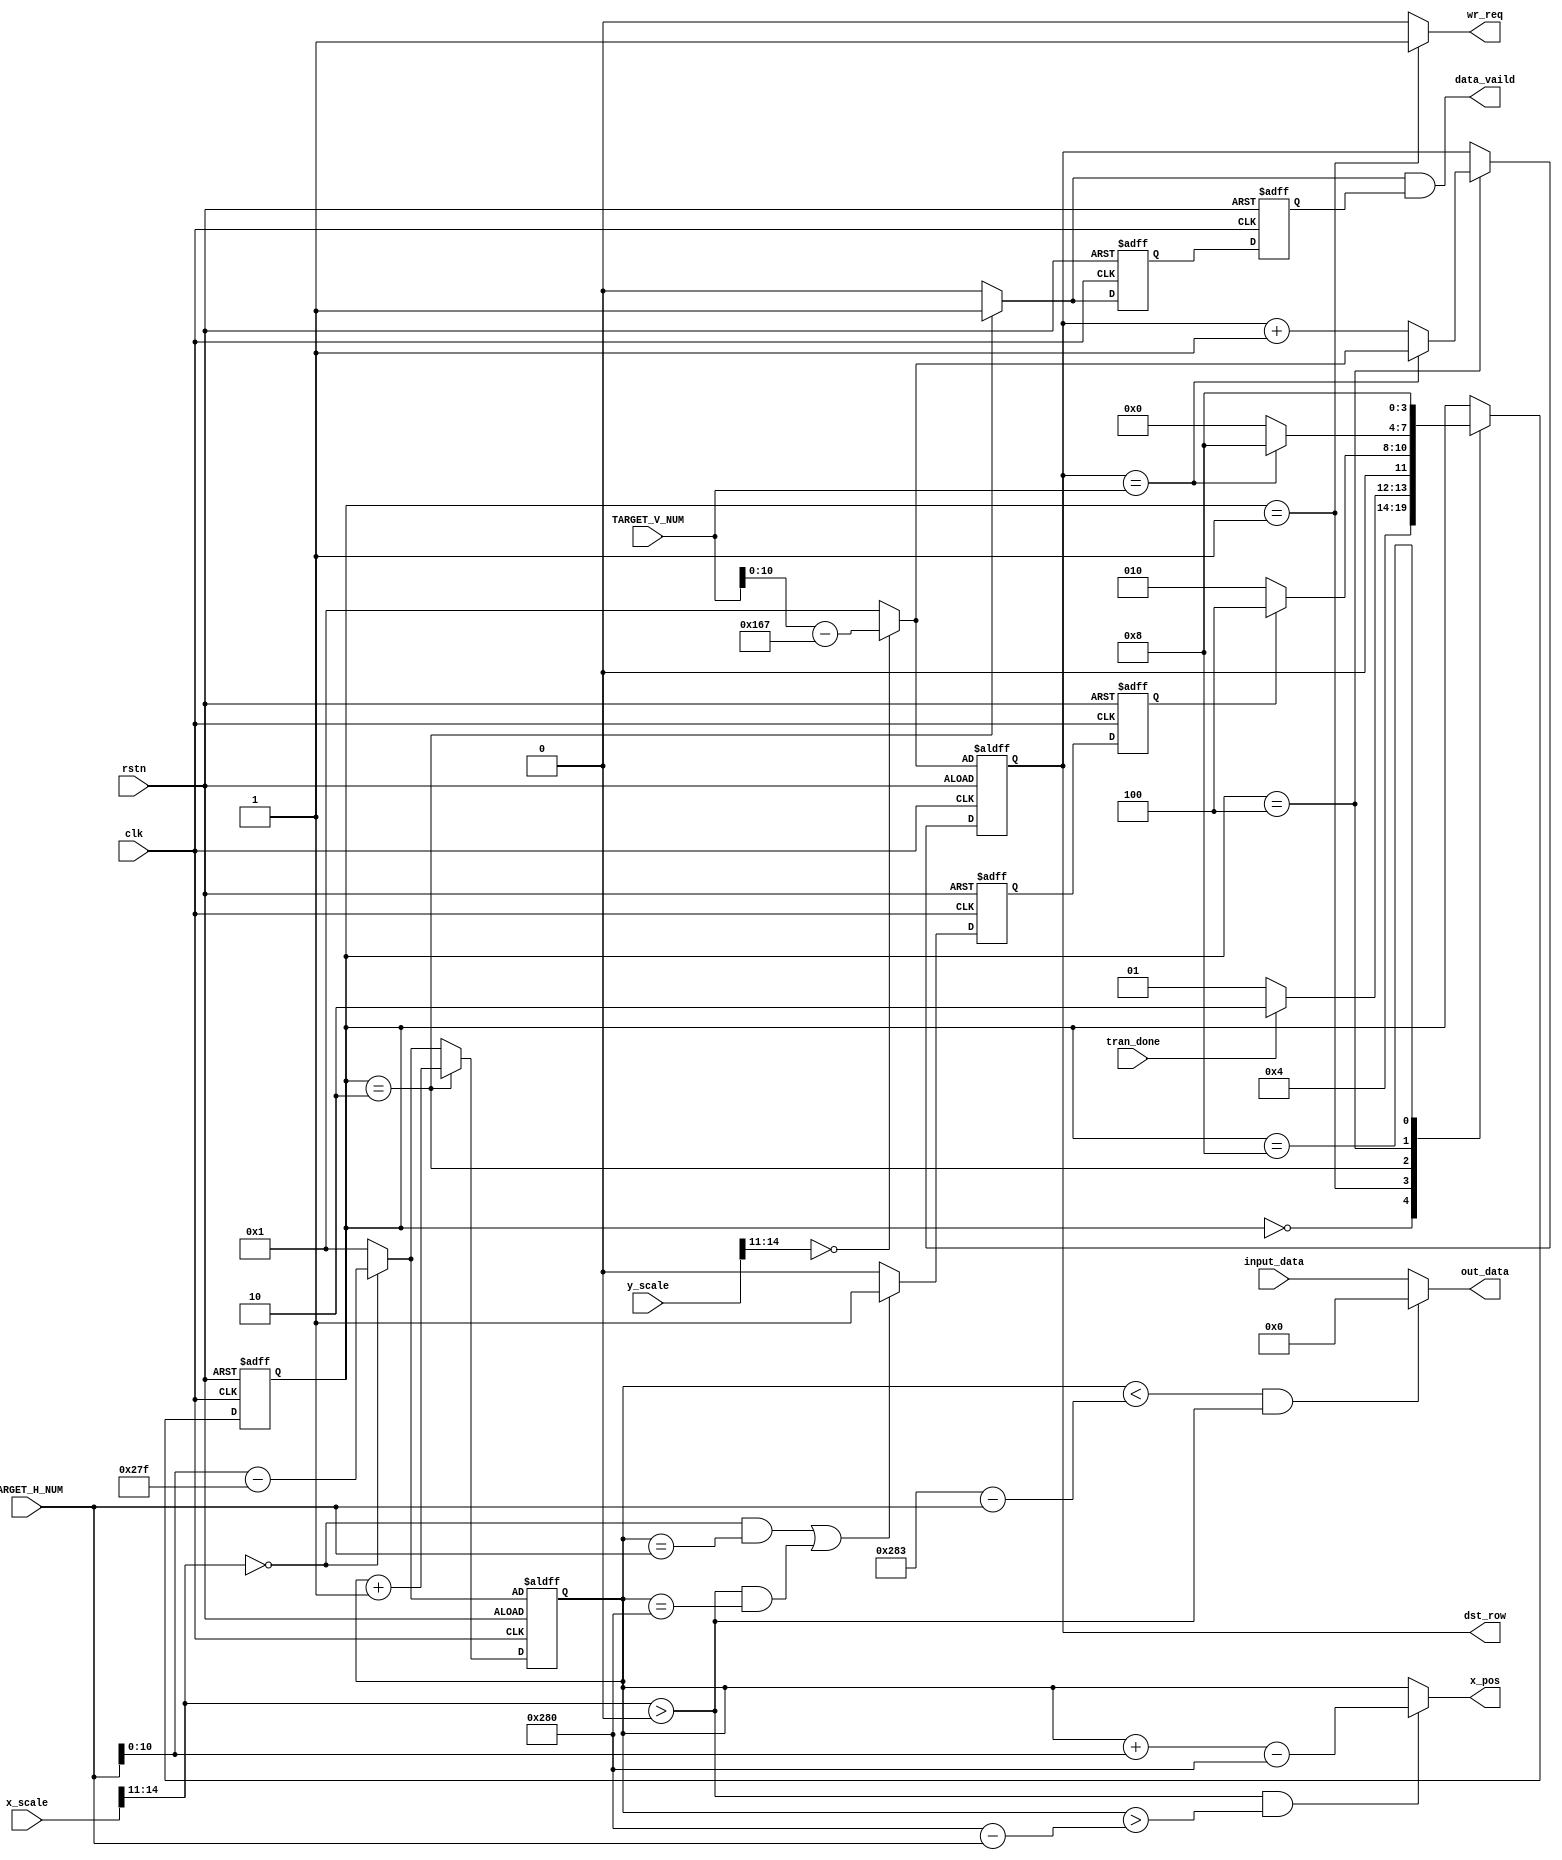
module calculator#(
      parameter         PIX_WIDTH   =     16,
      parameter         FIX_LEN     =     15,
      parameter         FLOAT_LEN   =     11,
      parameter         INT_LEN     =     4 
      )(
      input                         clk         ,
      input                         rstn        ,

      output   reg      [10:0]      dst_row     ,
      output                        wr_req      ,//row_done

      input             [14:0]      x_scale     ,
      input             [14:0]      y_scale     ,
      input             [12:0]      TARGET_H_NUM,
      input             [12:0]      TARGET_V_NUM,
      input             [15:0]      input_data  ,
      input                         tran_done   ,

      output            [10:0]      x_pos       ,
      output            [15:0]      out_data    ,
      output                        data_vaild  
);

parameter   IDLE        =     4'b0000,
            WAIT        =     4'b0001,
            START       =     4'b0010,
            DONE        =     4'b0100,
            FRAME_DONE  =     4'b1000;


reg   [3:0]       state;
wire              done_trig;
reg   [10:0]      col_cnt;
wire              row_done;
reg               row_done_d1;
reg               row_done_d2;
wire              start_flag;
reg               start_flag_d1;
reg               start_flag_d2;
always @(posedge clk or negedge rstn) begin
      if(!rstn)   begin
            row_done_d1       <=    1'b0;
            row_done_d2       <=    1'b0;
            start_flag_d1     <=    1'b0;
            start_flag_d2     <=    1'b0;
      end
      else  begin
            row_done_d1       <=    row_done;
            row_done_d2       <=    row_done_d1;
            start_flag_d1     <=    start_flag;
            start_flag_d2     <=    start_flag_d1;
      end
end

always @(posedge clk or negedge rstn) begin
      if(!rstn)
            state       <=    IDLE;
      else  begin
             case (state)
                  IDLE  :begin
                        state       <=    WAIT;
                  end  
                  WAIT  :begin
                        if(tran_done==1'b1)
                              state       <=    START;
                        else
                              state       <=    WAIT;
                  end
                  START :begin
                        if(row_done_d2==1'b1)
                              state       <=    DONE;
                        else
                              state       <=    START;
                  end
                  DONE: begin
                        if(dst_row==TARGET_V_NUM)
                              state       <=    FRAME_DONE;
                        else
                              state       <=    IDLE;
                  end
                  FRAME_DONE:begin
                        state       <=    FRAME_DONE;
                  end
             endcase
      end
end

//dst_row increase from TARGET_V_NUM-11'd360 to TARGET_V_NUM
always @(posedge clk or negedge rstn) begin
      if(!rstn)
            col_cnt     <=    (x_scale[FIX_LEN-1'd1:FLOAT_LEN]==4'd0)?(TARGET_H_NUM-11'd639):1'd1;
      else begin
            if(state==START) begin
                  col_cnt     <=     col_cnt+1'b1;      
            end
            else 
                  col_cnt     <=    (x_scale[FIX_LEN-1'd1:FLOAT_LEN]==4'd0)?(TARGET_H_NUM-11'd639):1'd1;
      end
end


//col_cnt increase from TARGET_H_NUM-11'd640 when state is start
always @(posedge clk or negedge rstn) begin
      if(!rstn)
            dst_row     <=    (y_scale[FIX_LEN-1'd1:FLOAT_LEN]==4'd0)?(TARGET_V_NUM-13'd359):1'd1;
      else begin
            if(state==DONE) begin
                  dst_row     <=     (dst_row==TARGET_V_NUM)?((y_scale[FIX_LEN-1'd1:FLOAT_LEN]==4'd0)?(TARGET_V_NUM-11'd359):1'd1):(dst_row+1'd1);      
            end
      end
end



assign      wr_req      =     (state==WAIT)?1'b1:1'b0;
assign      row_done    =     (((x_scale[FIX_LEN-1'd1:FLOAT_LEN]==4'd0)&&(col_cnt==TARGET_H_NUM))||(((x_scale[FIX_LEN-1'd1:FLOAT_LEN]>4'd0))&&(col_cnt==11'd640)))?1'b1:1'b0;
assign      start_flag  =     (state==START)?1'b1:1'b0;
assign      data_vaild  =     start_flag&start_flag_d2;
assign      out_data    =     ((col_cnt<13'd640+2'd3-TARGET_H_NUM)&&(x_scale[FIX_LEN-1'd1:FLOAT_LEN]>4'd0))?16'd0:input_data;
assign      x_pos       =     ((x_scale[FIX_LEN-1'd1:FLOAT_LEN]>4'd0)&&(col_cnt>(11'd640-TARGET_H_NUM)))?(col_cnt+TARGET_H_NUM-11'd640):col_cnt;



endmodule